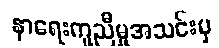
နာရေးကူညီမှုအသင်းမှ